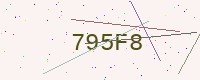
Text: 795F8